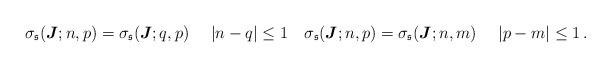
\begin{align*}\sigma_\mathfrak{s}(\boldsymbol{J};n,p)=\sigma_\mathfrak{s}(\boldsymbol{J};q,p) \quad\ |n-q|\leq 1 \quad\sigma_\mathfrak{s}(\boldsymbol{J};n,p)=\sigma_\mathfrak{s}(\boldsymbol{J};n,m) \quad\ |p-m|\leq 1\,.\end{align*}